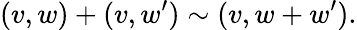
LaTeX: (v,w)+(v,w^{\prime})\sim(v,w+w^{\prime}).